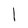
Character: l